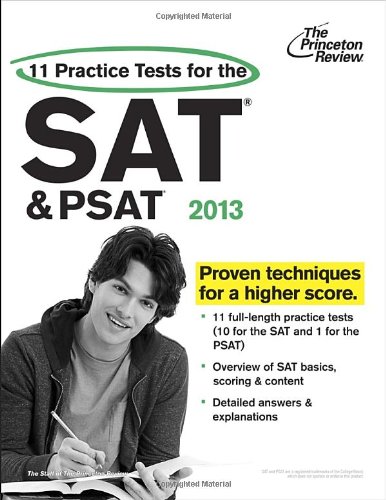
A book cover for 11 Practice Tests for the SAT and PSAT, 2013 Edition (College Test Preparation); Princeton Review; Test Preparation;